Report of the Imperial Institute of Veterinary Research, Muktesar
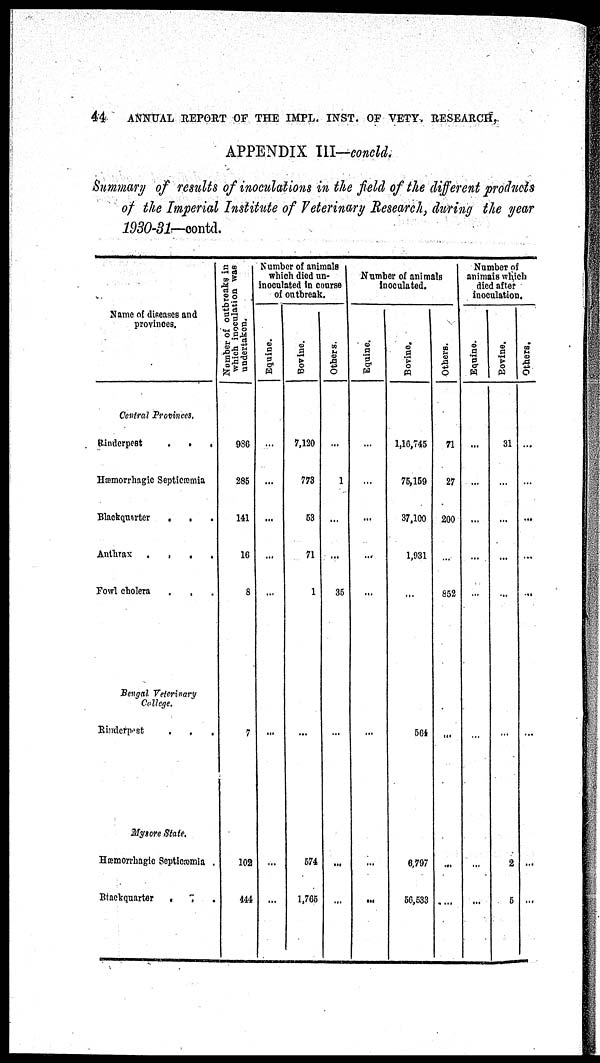
44
ANNUAL REPORT OF THE IMPL. INST. OF VETY. RESEARCH,
APPENDIX III—concld.
Summary of results of inoculations in the field of the different products
of the Imperial Institute of Veterinary Research, during the year
1930-31—contd.
Name of diseases and
provinces.
Central Provinces.
Rinderpest
.
.
.
Hæmorrhagic Septicæmia
Blackquarter
.
.
Anthrax
Fowl cholera
Bengal Veterinary
College.
Rinderpest
.
.
.
Mysore State.
Hæmorrhagic Septicæmia .
Blackquarter
.
.
Number of outbreaks in
which inoculation was
undertaken.
986
285
141
16
8
7
102
444
Number of animals
which died
un¬
inoculated in course
of outbreak.
Equine.
...
...
...
...
...
...
...
...
Bovine.
7,120
773
53
71
1
...
574
1,765
Others.
...
1
...
...
35
...
...
...
Number of animals
inoculated.
Equine.
...
...
...
...
...
...
...
...
Bovine.
1,16,745
75,159
37,100
1,931
...
564
6,797
56,533
Others.
71
27
200
...
852
...
...
....
Number of
animals which
died after
inoculation.
Equine.
...
....
...
...
...
...
...
...
Bovine.
31
...
...
...
...
...
2
5
Others.
...
...
...
...
...
...